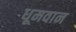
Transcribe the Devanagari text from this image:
धूमवान